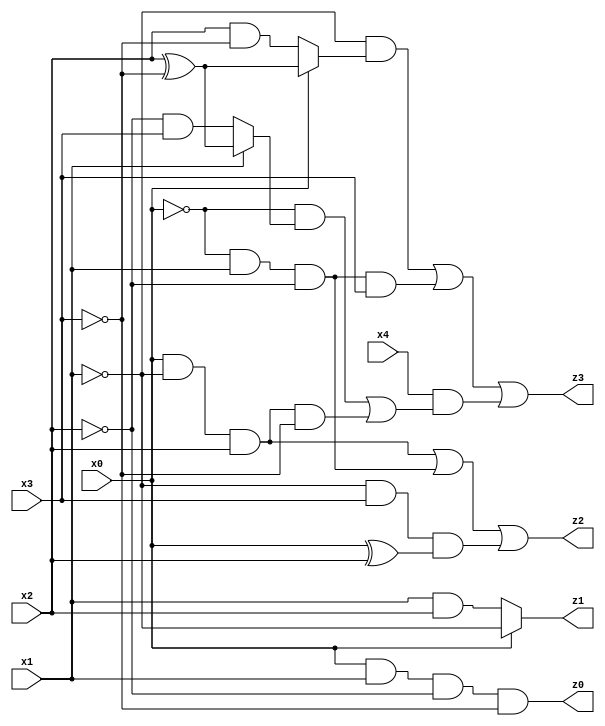
// Benchmark "quot" written by ABC on Mon Jul 10 19:07:19 2023

module quot ( 
    x0, x1, x2, x3, x4,
    z0, z1, z2, z3  );
  input  x0, x1, x2, x3, x4;
  output z0, z1, z2, z3;
  assign z0 = x0 & x1 & ~x2 & ~x3;
  assign z1 = x0 ? ~x1 : (x1 & x2);
  assign z2 = (x0 & ~x1 & x2) | (~x0 & x1 & ~x2) | (~x1 & x3 & (x0 ^ x2));
  assign z3 = (~x1 & (x0 ? (x2 ^ ~x3) : (x2 & ~x3))) | (~x0 & x1 & ~x2 & x3) | (x4 & ((~x0 & (x1 ? (x2 ^ ~x3) : (~x2 & x3))) | (x0 & ~x1 & x2 & ~x3)));
endmodule